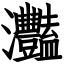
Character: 灩